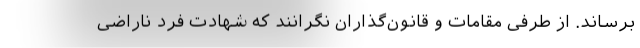
برساند. از طرفی مقامات و قانون‌گذاران نگرانند که شهادت فرد ناراضی